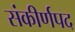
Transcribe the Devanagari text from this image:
संकीर्णपद